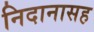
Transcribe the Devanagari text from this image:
निदानासह